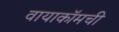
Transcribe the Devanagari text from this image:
वायाकॉमची